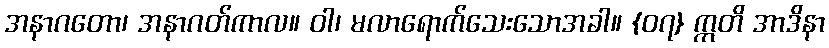
အနာဂတော၊ အနာဂတ်ကာလ။ ဝါ၊ မလာရောက်သေးသောအခါ။ {၀၇} ဣတိ အာဒိနာ